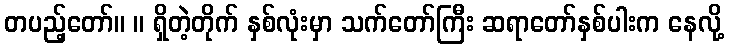
တပည့်တော်။ ။ ရှိတဲ့တိုက် နှစ်လုံးမှာ သက်တော်ကြီး ဆရာတော်နှစ်ပါးက နေလို့